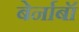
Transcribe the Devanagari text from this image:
बेर्नाबॉ